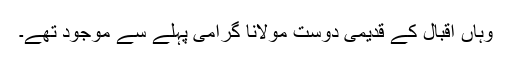
وہاں اقبال کے قدیمی دوست مولانا گرامی پہلے سے موجود تھے۔